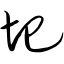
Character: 圯